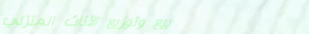
بيع وتوزيع الأثاث المنزلي